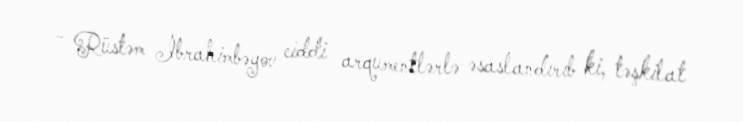
- Rüstəm İbrahimbəyov ciddi arqumentlərlə əsaslandırıb ki, təşkilat